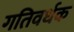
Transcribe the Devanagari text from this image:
गतिवर्धक